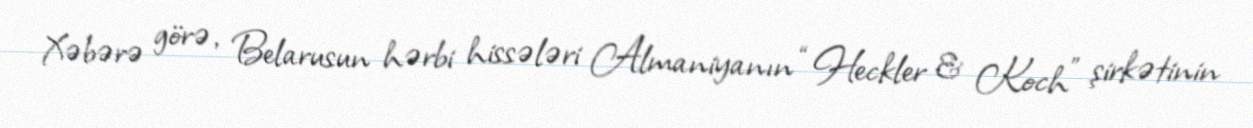
Xəbərə görə, Belarusun hərbi hissələri Almaniyanın “Heckler & Koch” şirkətinin